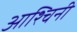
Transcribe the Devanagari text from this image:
आश्चिनी